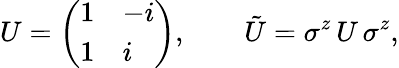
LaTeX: U=\left(\begin{array}{ll}{{1}}&{{-i}}\\ {{1}}&{{i}}\end{array}\right),\qquad\tilde{U}=\sigma^{z}\, U\, \sigma^{z},